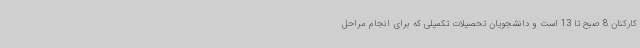
کارکنان 8 صبح تا 13 است و دانشجویان تحصیلات تکمیلی که برای انجام مراحل